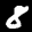
Label: 8